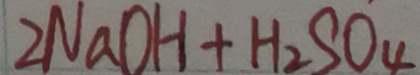
2 N a O H + H _ { 2 } S O _ { 4 }